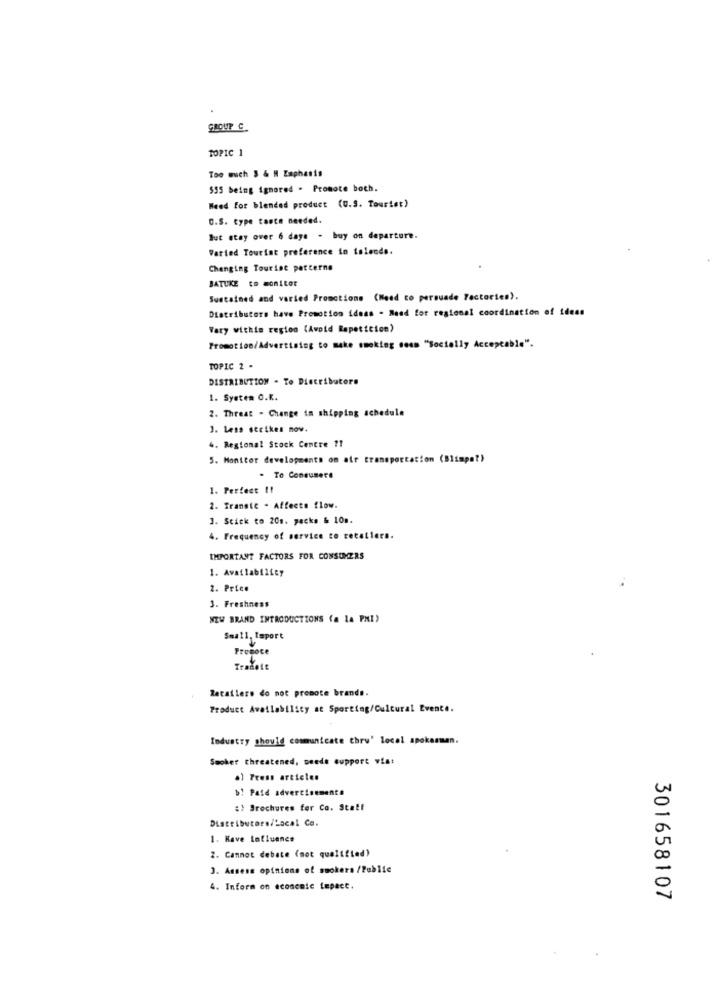
GROUP C.
TOPIC 1
Too much 3 & M Emphasis
535 being ignored . Promote boch.
Weed for blended product (0.5. Toartet)
O.S. type tance needed.
But stay over 6 days - buy on departure.
Varied Tourist preference in talends.
Changing Tourine patterns
BATUKE to Monitor
Sustained and varied Promctions (Need to persuade Factories).
Distributors have Promotion ideas - Read for regional coordination of ideas
Vary withis region (Avoid Repetition)
Promotion/Advertising to make smoking dess "Socially Acceptable".
TOPIC 2 .
DISTRIBUTION . To Distributors
1. System O.K.
2. Threat - Change in shipping schedule
3. Less strikes now.
4. Regional Stock Centre ??
5. Monitor developments on air transportation (Blimpa?)
. To Consumere
1. Perfect !!
2. Transic . Affects flow.
1. Stick to 20m. packs & 10m.
4. Frequency of service to retailers.
IMPORTANT FACTORS FOR CONSUMERS
1. Availability
2. Price
3. Freshness
WZW BRAND INTRODUCTIONS (a la PMI)
Small, Import
Propoce
Retailers do not promote brands.
Product Availability at Sporting/Cultural Evente.
Industry should communicate thru' local spokesman.
Smoker threatened, puede support via:
.) Press articles
b! Paid advertisements
:} Brochures for Co. Statf
Distributors/Local Co.
1. Have Influence
2. Cannot debate (mot qualified)
3. Assess opinions of smokers /Public
4. Inform on aconcnic tepact.
301658107